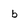
Character: b